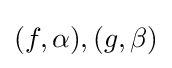
(f,\alpha ),(g,\beta )